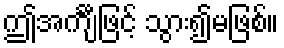
ဤအင်္ကျီဖြင့် သွား၍မဖြစ်။